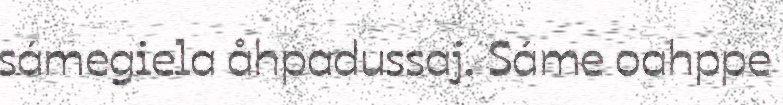
sámegiela åhpadussaj. Sáme oahppe